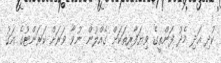
ކުދި އަދި މެދު ފަންތީގެ ވިޔަފާރިތަކަށް ގެއްލުން ނުވާ ވަރަށް ކަރަންޓުގެ އަގު